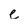
Character: e